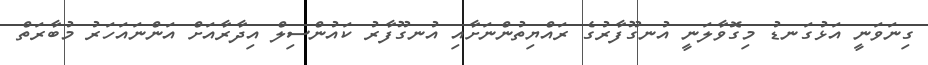
ގިނަވަނީ އަޅުގަނޑު މިގޮވާލަނީ އުނގޫފާރުގެ ރައްޔިތުންނަށާއި އުނގޫފާރު ކައުންސިލް އިދާރާއަށް އަންނައަހަރު މުބާރަތް